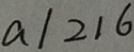
a / 2 1 6